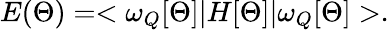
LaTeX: E(\Theta)=<\omega_{Q}[\Theta]|H[\Theta]|\omega_{Q}[\Theta]>.